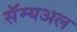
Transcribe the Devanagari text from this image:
सॅम्यअल